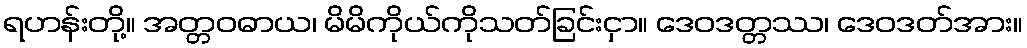
ရဟန်းတို့။ အတ္တဝဓာယ၊ မိမိကိုယ်ကိုသတ်ခြင်းငှာ။ ဒေဝဒတ္တဿ၊ ဒေဝဒတ်အား။